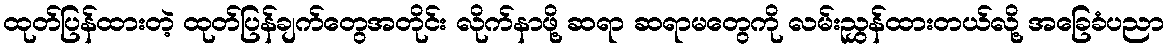
ထုတ်ပြန်ထားတဲ့ ထုတ်ပြန်ချက်တွေအတိုင်း လိုက်နာဖို့ ဆရာ ဆရာမတွေကို လမ်းညွှန်ထားတယ်လို့ အခြေခံပညာ